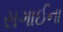
સગાઈના